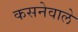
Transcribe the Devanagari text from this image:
कसनेवाले